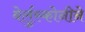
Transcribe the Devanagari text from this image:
बेर्लुस्कोनीने